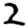
Digit: 2